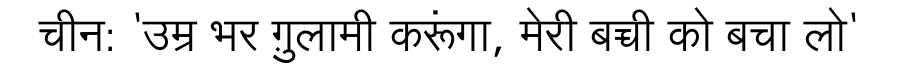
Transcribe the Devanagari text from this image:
चीन: 'उम्र भर ग़ुलामी करूंगा, मेरी बच्ची को बचा लो'